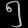
Digit: ၅